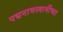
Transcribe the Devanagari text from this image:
पद्मनाभस्वामींच्या